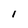
Character: 1